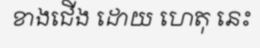
ខាងជើង ដោយ ហេតុ នេះ